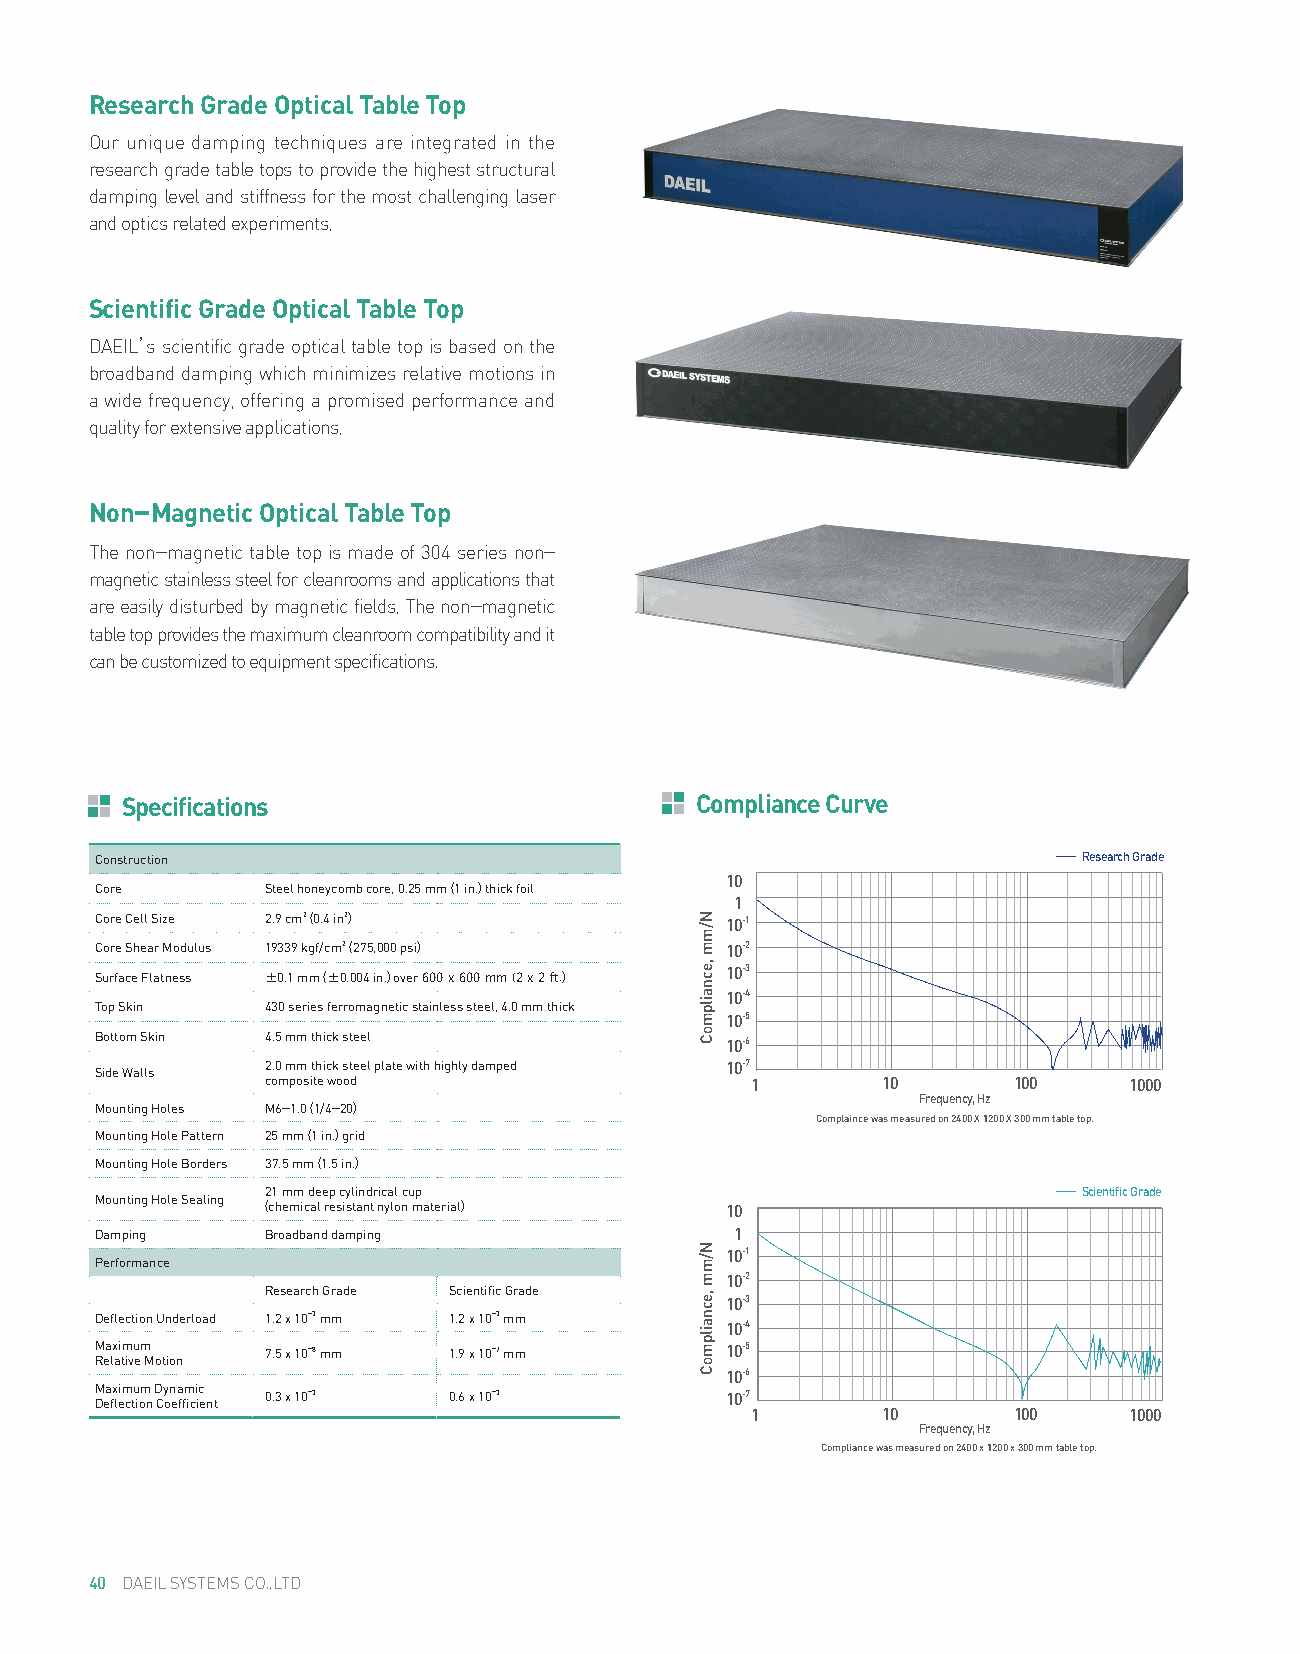
s
 Research Grade Optical Table Top
 Our unique damping techniques are integrated in the
 research grade table tops to provide the highest structural
 damping level and stiffness for the most challenging laser
 and optics related experiments.
 Scientific Grade Optical Table Top
 DAEIL’s scientific grade optical table top is based on the
 broadband damping which minimizes relative motions in
 a wide frequency, offering a promised performance and
 quality for extensive applications.
 Non-Magnetic Optical Table Top
 The non-magnetic table top is made of 304 series non-
 magnetic stainless steel for cleanrooms and applications that
 are easily disturbed by magnetic fields. The non-magnetic
 table top provides the maximum cleanroom compatibility and it
 can be customized to equipment specifications.
 Specifications                        Compliance Curve
 Construction                                                      Research Grade
 10
 Core        Steel honeycomb core, 0.25 mm (1 in.) thick foil
 1
 Core Cell Size 2.9 cm2 (0.4 in2)          10-1
 Core Shear Modulus 19339 kgf/cm2 (275,000 psi) 10-2
 Surface Flatness ±0.1 mm (±0.004 in.) over 600 x 600 mm (2 x 2 ft.)
 10-3
 10-4
 Top Skin    430 series ferromagnetic stainless steel, 4.0 mm thick
 10-5
 Bottom Skin 4.5 mm thick steel            10-6
 Side Walls
 2.0 mm thick steel plate with highly damped 10-7
 composite wood                  1       10       100     1000
 Frequency, Hz
 Mounting Holes M6-1.0 (1/4-20)
 Complaince was measured on 2400 X 1200 X 300 mm table top.
 Mounting Hole Pattern 25 mm (1 in.) grid
 Mounting Hole Borders 37.5 mm (1.5 in.)
 21 mm deep cylindrical cup                            Scientific Grade
 Mounting Hole Sealing
 (chemical resistant nylon material) 10
 Damping     Broadband damping              1
 10-1
 Performance
 10-2
 Research Grade Scientific Grade 10-3
 Deflection Underload 1.2 x 10-3 mm 1.2 x 10-3 mm
 10-4
 Maximum     7.5 x 10-8 mm 1.9 x 10-7 mm   10-5
 Relative Motion
 10-6
 M Dea fx leim ctu iom
 n
 D Cy on ea ffm ici ic
 e nt
 0.3 x 10-3  0.6 x 10-3        10-7
 1       10       100     1000
 Frequency, Hz
 Compliance was measured on 2400 x 1200 x 300 mm table top.
 40 DAEIL SYSTEMS CO.,LTD
 N/mm
 ,ecnailpmoC
 N/mm
 ,ecnailpmoC